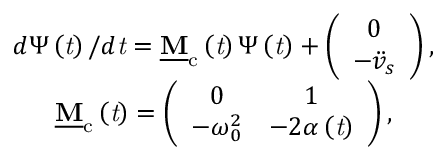
\begin{array} { c } { d \boldsymbol { \Psi } \left( \mathit { t } \right) / d \mathit { t } = \mathbf { \underline { { M } } } _ { \mathrm { c } } \left( \mathit { t } \right) \boldsymbol { \Psi } \left( \mathit { t } \right) + \left( \begin{array} { c } { 0 } \\ { - \ddot { v } _ { s } } \end{array} \right) , } \\ { \mathbf { \underline { { M } } } _ { \mathrm { c } } \left( \mathit { t } \right) = \left( \begin{array} { c c } { 0 } & { 1 } \\ { - \omega _ { 0 } ^ { 2 } } & { - 2 \alpha \left( \mathit { t } \right) } \end{array} \right) , } \end{array}